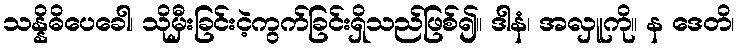
သန္နိဓိပေခေါ၊ သိုမှီးခြင်းငဲ့ကွက်ခြင်းရှိသည်ဖြစ်၍။ ဒါနံ၊ အလှူကို။ န ဒေတိ၊